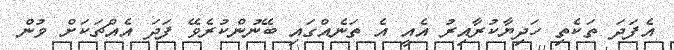
އެފަދަ ތަކެތި ހަދިޔާކުރާއިރު އެއީ އެ ތަނެއްގައި ބޭނުންކުރެވޭ ފަދަ އެއްޗަކަށް ވުން